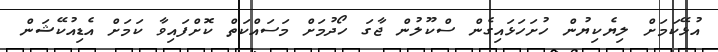
އުޅޭކަމަށް ލިޔެކިޔުން ހުށަހަޅައިގެން ސްކޫލުން ޖާގަ ހޯދުމަށް މަސައްކަތް ކޮށްފައިވާ ކަމަށް އެޑިއުކޭޝަން